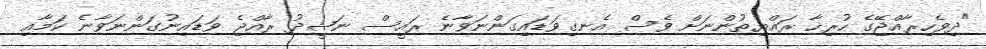
"ދިވެހިރާއްޖޭގެ ހުރިހާ ރައްޔިތުންނަށް ވެސް އެނގިވަޑައިގަންނަވާނެ ރައީސް ނަޝީދު ރާއްޖެ ވަޑައިނުގަންނަވާނެ ކަމާއި